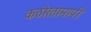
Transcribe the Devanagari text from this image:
कठोरतामापी